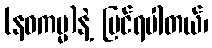
(နဝကမ္မ)နဲ့ ပြင်ရပါတယ်၊